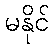
မနိုင်